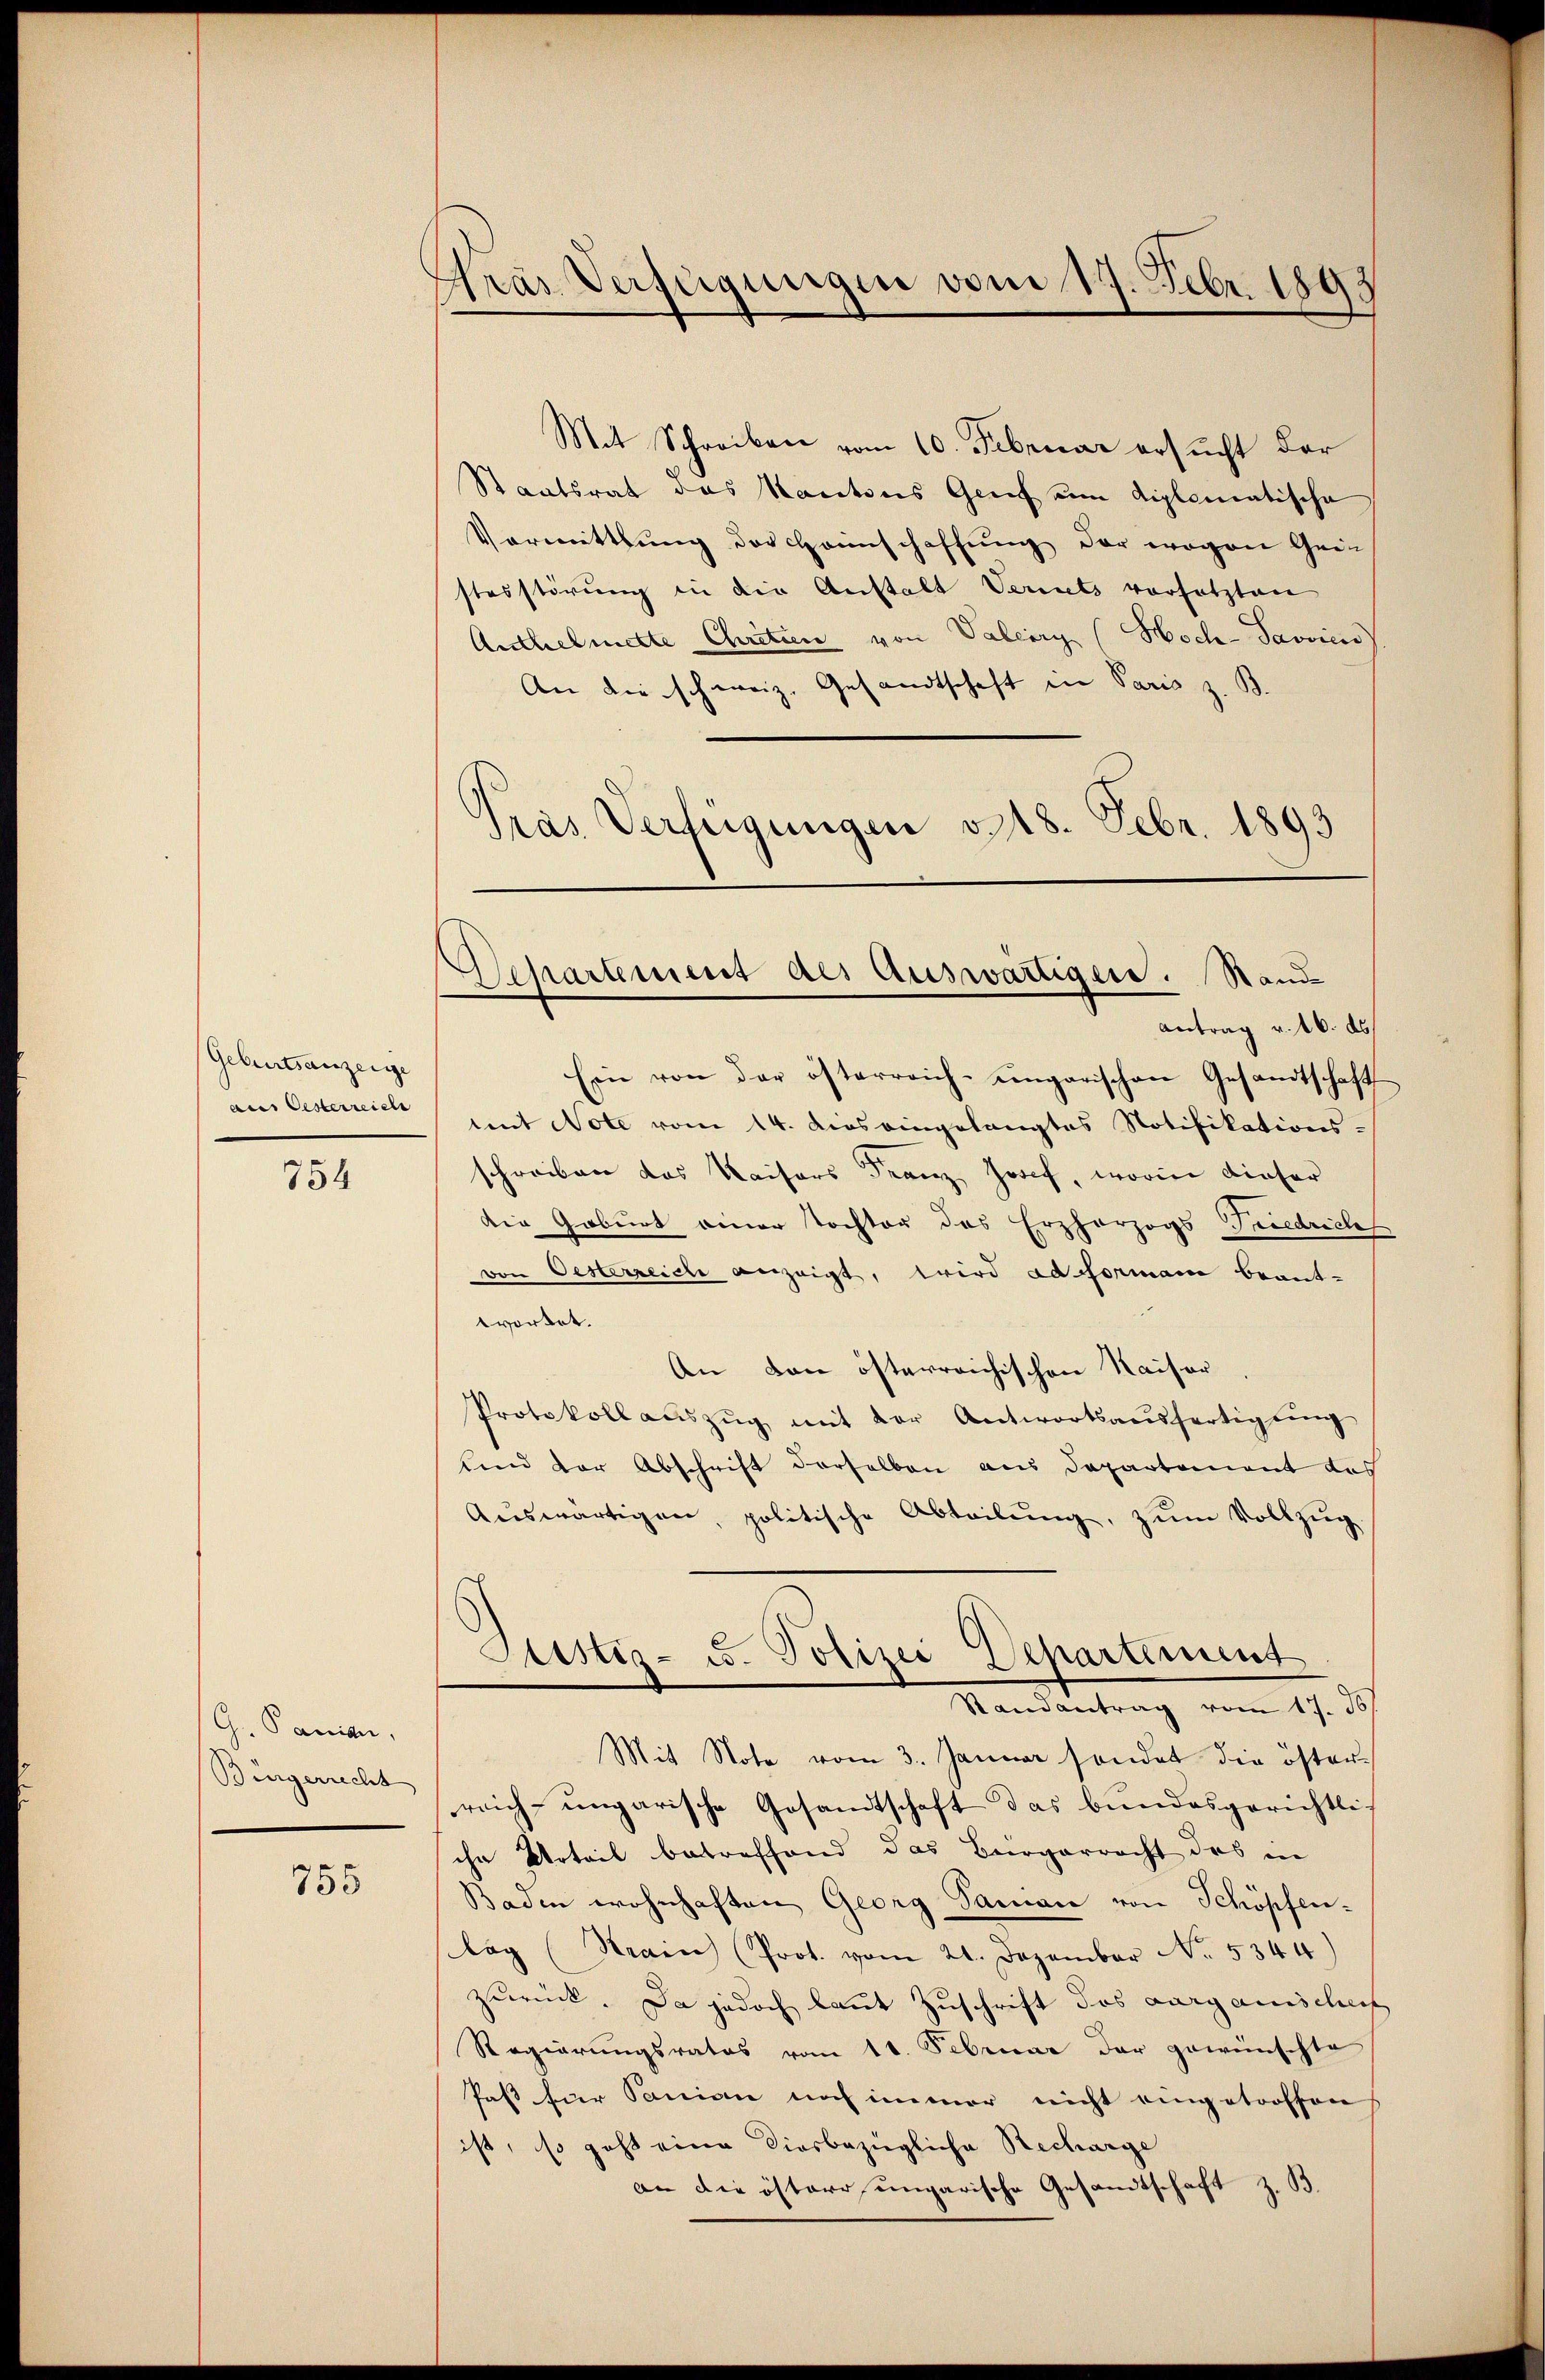
Geburtsanzeige
aus Oesterreich

754

G. Panien,
Bürgerrecht

755

Pras Verfügungen vom 17. Febr. 184

Mit Schreiben vom 10. Februar ersucht der
Staatsrat das Kantons Genf um diplomatische
Vormittlung der Haunschaffung der wegen Gei
stesstörung in die Anstalt Vereits vorsetzten
Anthelmitte Chritten von Valerry (Hoch-Savvien
An die schweiz. Gesandtschaft in Paris z. B.
Pras Verfügungen v. 18. Febr. 1893

Separtement als Auswärtiger. Stand

Antrag v. 16. ds.
Ein von der österreich-ungarischen Gesandtschaft
mit Note vom 14. das eingelangtes Notifikations-
schreiben das Kaisers Franz Josef, worin dieser
die Geburt einer Tochter des Erzherzogs Friedriches
von Oesterreiche anzeigt, wird ad Forman beant-
wortet.
An den österreichischen Kaiser
Protokoll aŭszŭg mit der Antwortsaŭsfertigŭng
unnd der Abschrift derselben aus Departement das
Auswärtigen, politische Abteilŭng, zŭm Vollzug.
Justiz- u. Polizei Departement
Randantrag vom 17. d.
Mit Note vom 3. Januar sondet die öster-
reich-ungarische Gesamtschaft das bundesgerichtlich
ihr Urteil betreffend das Bürgerrecht des in
Baden wohnhaften Georg Saman von Schöpfen-
Lag (Train (Prot. vom 21. Dezember No. 5344)
zurück. Da jedoch laut Zuschrift des aargauischeif
Regierungsrates vom 11. Februar der gewünschte
Paßt für Sanian noch immer nicht eingetroffen
ist, so geht eine diesbezügliche Recharge
an die östere ungarische Gesandtschaft z. B.